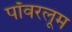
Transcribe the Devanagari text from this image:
पॉवरलूम